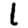
Digit: 1